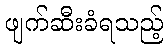
ဖျက်ဆီးခံရသည့်